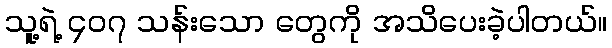
သူ့ရဲ့ ၄၀၇ သန်းသော တွေကို အသိပေးခဲ့ပါတယ်။